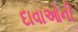
દાવાઓની